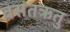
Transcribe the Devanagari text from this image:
वसंतऋतु